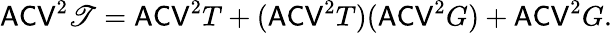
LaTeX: \mathsf{ACV}^{2}\mathscr T=\mathsf{ACV}^{2}T+(\mathsf{ACV}^{2}T)(\mathsf{ACV}^{2}G)+\mathsf{ACV}^{2}G.